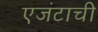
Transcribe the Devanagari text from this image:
एजंटाची